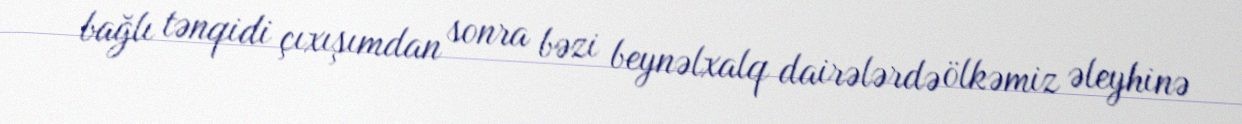
bağlı tənqidi çıxışımdan sonra bəzi beynəlxalq dairələrdə ölkəmiz əleyhinə